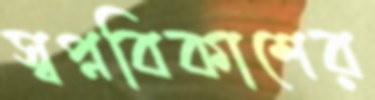
স্বপ্নবিকাশের